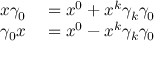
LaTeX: \begin{array} { r l } { x \gamma _ { 0 } } & { { } = x ^ { 0 } + x ^ { k } \gamma _ { k } \gamma _ { 0 } } \\ { \gamma _ { 0 } x } & { { } = x ^ { 0 } - x ^ { k } \gamma _ { k } \gamma _ { 0 } } \end{array}